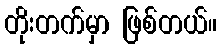
တိုးတက်မှာ ဖြစ်တယ်။